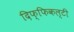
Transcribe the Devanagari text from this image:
दिफ्फिकल्टी